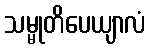
သမ္မုတိပေယျာလံ